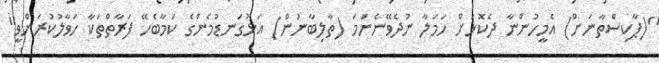
"(ޕާކިސްތާނަށް) އެމީހުންނާ ދެކޮޅަށް ހަމަލާ ނުދެވޭނެނަމަ (ތާލިބާނުން) އަޅުގަނޑުމެންގެ ކަމާބެހޭ ފަރާތްތަކާ ހަވާލުކުރަންވީ"